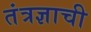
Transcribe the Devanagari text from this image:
तंत्रज्ञाची